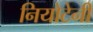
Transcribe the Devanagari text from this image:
नियोटेनी